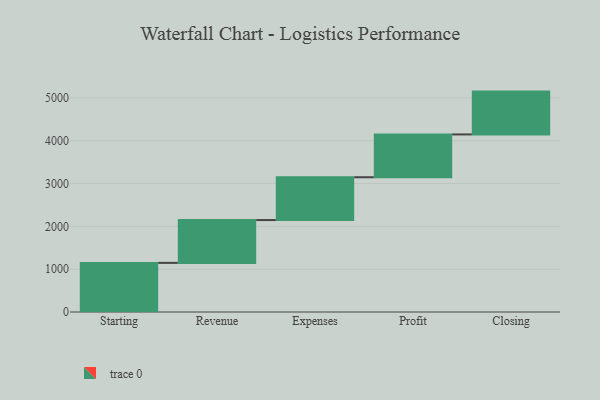
{"axis": {"x": "Step", "y": "Value"}, "legend": [""], "data": [{"x": "Starting", "y": 1147.0, "type": ""}, {"x": "Revenue", "y": 1000, "type": ""}, {"x": "Expenses", "y": 1000, "type": ""}, {"x": "Profit", "y": 1000, "type": ""}, {"x": "Closing", "y": 1000, "type": ""}]}